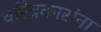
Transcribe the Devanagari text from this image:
चरित्रकारांना